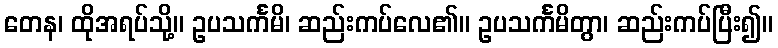
တေန၊ ထိုအရပ်သို့။ ဥပသင်္ကမိ၊ ဆည်းကပ်လေ၏။ ဥပသင်္ကမိတွာ၊ ဆည်းကပ်ပြီး၍။